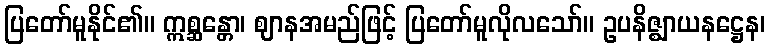
ပြတော်မူနိုင်၏။ ဣစ္ဆန္တော၊ ဈာနအမည်ဖြင့် ပြတော်မူလိုလသော်။ ဥပနိဇ္ဈာယနဋ္ဌေန၊